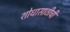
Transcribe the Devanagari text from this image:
शोधासाठीची